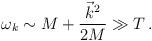
LaTeX: \begin{align*}\omega_{k} \sim M + \frac{\vec{k}^{2}}{2M} \gg T \,.\end{align*}